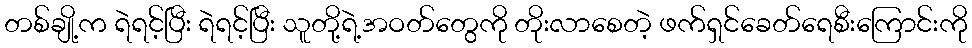
တစ်ချို့က ရဲရင့်ပြီး ရဲရင့်ပြီး သူတို့ရဲ့အဝတ်တွေကို တိုးလာစေတဲ့ ဖက်ရှင်ခေတ်ရေစီးကြောင်းကို